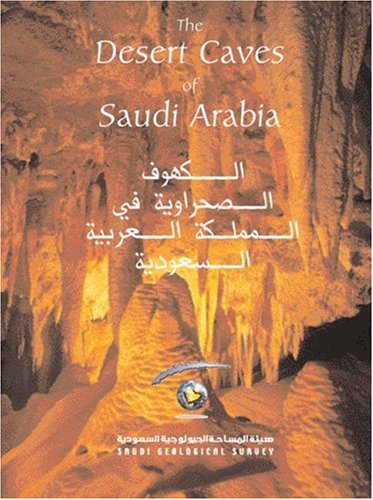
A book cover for The Desert Caves of Saudi Arabia; John Pint; Travel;